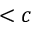
< c